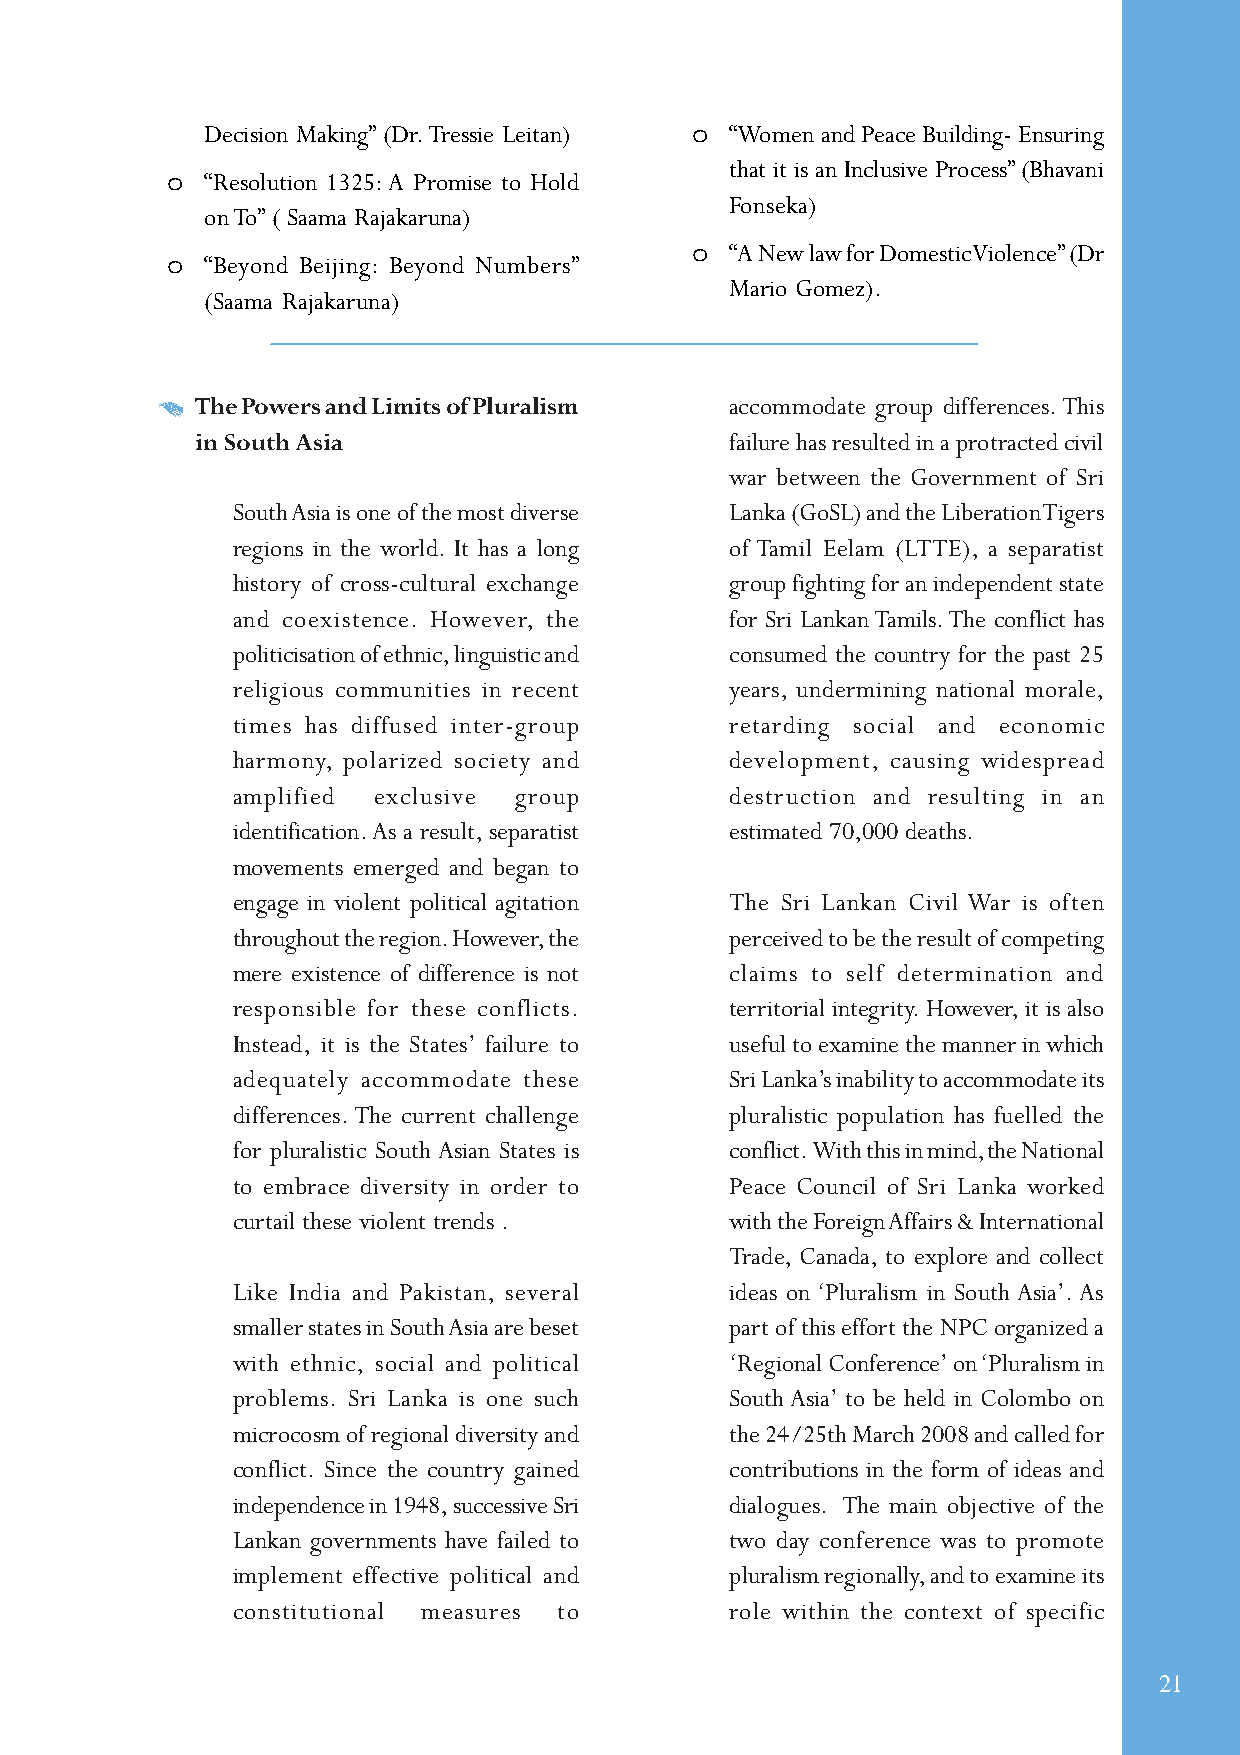
Decision Making” (Dr. Tressie Leitan) o “Women and Peace Building- Ensuring
 that it is an Inclusive Process” (Bhavani
 o  “Resolution 1325: A Promise to Hold
 Fonseka)
 on To” ( Saama Rajakaruna)
 o “A New law for Domestic Violence” (Dr
 o  “Beyond Beijing: Beyond Numbers”
 Mario Gomez).
 (Saama Rajakaruna)
 The Powers and Limits of Pluralism accommodate group differences. This
 in South Asia                      failure has resulted in a protracted civil
 war between the Government of Sri
 South Asia is one of the most diverse Lanka (GoSL) and the Liberation Tigers
 regions in the world. It has a long of Tamil Eelam (LTTE), a separatist
 history of cross-cultural exchange group fighting for an independent state
 and coexistence. However, the    for Sri Lankan Tamils. The conflict has
 politicisation of ethnic, linguistic and consumed the country for the past 25
 religious communities in recent  years, undermining national morale,
 times has diffused inter-group   retarding social and economic
 harmony, polarized society and   development, causing widespread
 amplified exclusive group        destruction and resulting in an
 identification. As a result, separatist estimated 70,000 deaths.
 movements emerged and began to
 engage in violent political agitation The Sri Lankan Civil War is often
 throughout the region. However, the perceived to be the result of competing
 mere existence of difference is not claims to self determination and
 responsible for these conflicts. territorial integrity. However, it is also
 Instead, it is the States’ failure to useful to examine the manner in which
 adequately accommodate these     Sri Lanka’s inability to accommodate its
 differences. The current challenge pluralistic population has fuelled the
 for pluralistic South Asian States is conflict. With this in mind, the National
 to embrace diversity in order to Peace Council of Sri Lanka worked
 curtail these violent trends .   with the Foreign Affairs & International
 Trade, Canada, to explore and collect
 Like India and Pakistan, several ideas on ‘Pluralism in South Asia’. As
 smaller states in South Asia are beset part of this effort the NPC organized a
 with ethnic, social and political ‘Regional Conference’ on ‘Pluralism in
 problems. Sri Lanka is one such  South Asia’ to be held in Colombo on
 microcosm of regional diversity and the 24/25th March 2008 and called for
 conflict. Since the country gained contributions in the form of ideas and
 independence in 1948, successive Sri dialogues. The main objective of the
 Lankan governments have failed to two day conference was to promote
 implement effective political and pluralism regionally, and to examine its
 constitutional measures to       role within the context of specific
 21